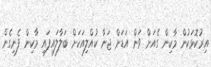
އިރުކޮޅަކުން މާކިން ގެއަށް ވަން އަޑަށް ޖަނާ ކުއްލިއަކަށް ބަލާލައިފައި މާކިން ފެނިގެން